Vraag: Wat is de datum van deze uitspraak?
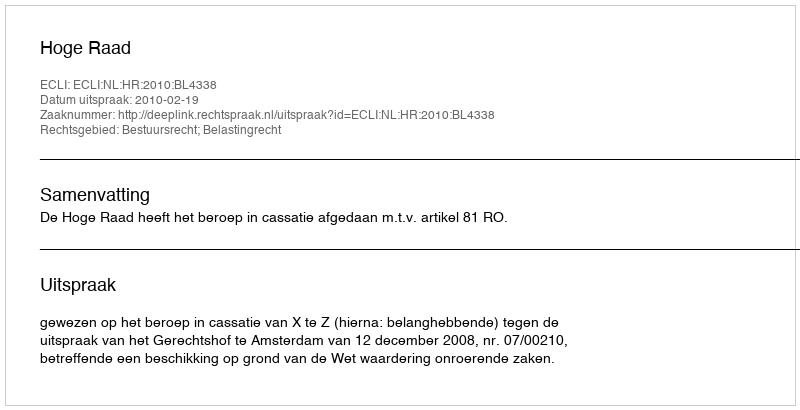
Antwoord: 2010-02-19